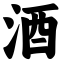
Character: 酒